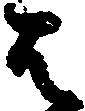
は